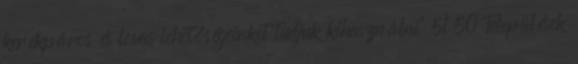
kerékpáros és lovas lehetőségeinket tudjuk kihasználni” 51 50 Települések